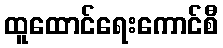
ထူထောင်ရေးကောင်စီ